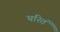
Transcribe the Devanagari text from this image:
चरितं